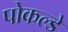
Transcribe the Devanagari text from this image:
पोकल्डे